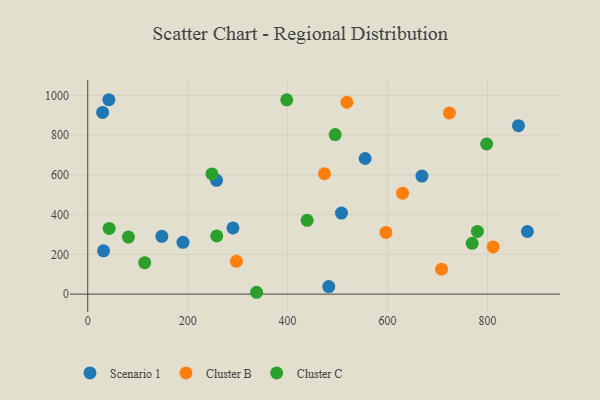
{"axis": {"x": "Price", "y": "Yield"}, "legend": ["Cluster B", "Cluster C", "Scenario 1"], "data": [{"x": "668.9", "y": 594.3, "type": "Scenario 1"}, {"x": "190.6", "y": 260.8, "type": "Scenario 1"}, {"x": "29.8", "y": 914.2, "type": "Scenario 1"}, {"x": "879.9", "y": 315.2, "type": "Scenario 1"}, {"x": "42.3", "y": 978.3, "type": "Scenario 1"}, {"x": "148.3", "y": 290.9, "type": "Scenario 1"}, {"x": "555.2", "y": 682.4, "type": "Scenario 1"}, {"x": "31.7", "y": 217.8, "type": "Scenario 1"}, {"x": "290.6", "y": 333.1, "type": "Scenario 1"}, {"x": "482.4", "y": 38.0, "type": "Scenario 1"}, {"x": "862.1", "y": 847.5, "type": "Scenario 1"}, {"x": "257.8", "y": 572.7, "type": "Scenario 1"}, {"x": "507.9", "y": 407.8, "type": "Scenario 1"}, {"x": "596.8", "y": 310.6, "type": "Cluster B"}, {"x": "630.1", "y": 507.9, "type": "Cluster B"}, {"x": "811.5", "y": 237.7, "type": "Cluster B"}, {"x": "473.8", "y": 605.7, "type": "Cluster B"}, {"x": "708.1", "y": 125.3, "type": "Cluster B"}, {"x": "297.6", "y": 165.1, "type": "Cluster B"}, {"x": "518.7", "y": 965.6, "type": "Cluster B"}, {"x": "723.8", "y": 912.0, "type": "Cluster B"}, {"x": "248.6", "y": 604.7, "type": "Cluster C"}, {"x": "495.2", "y": 803.0, "type": "Cluster C"}, {"x": "258.2", "y": 293.1, "type": "Cluster C"}, {"x": "398.3", "y": 977.8, "type": "Cluster C"}, {"x": "337.9", "y": 9.3, "type": "Cluster C"}, {"x": "81.4", "y": 287.2, "type": "Cluster C"}, {"x": "42.9", "y": 330.4, "type": "Cluster C"}, {"x": "114.0", "y": 158.4, "type": "Cluster C"}, {"x": "779.9", "y": 315.7, "type": "Cluster C"}, {"x": "798.4", "y": 755.5, "type": "Cluster C"}, {"x": "769.4", "y": 255.4, "type": "Cluster C"}, {"x": "439.1", "y": 371.5, "type": "Cluster C"}]}